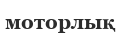
моторлық